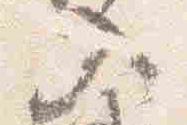
入